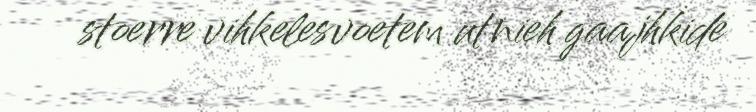
stoerre vihkelesvoetem utnieh gaajhkide